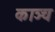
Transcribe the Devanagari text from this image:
काञ्च